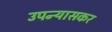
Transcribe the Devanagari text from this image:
उपन्यासकर